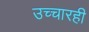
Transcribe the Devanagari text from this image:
उच्चारही